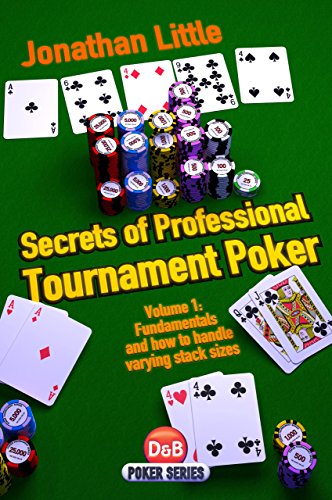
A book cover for Secrets of Professional Tournament Poker (D&B Poker Series) (Volume 1); Jonathan Little; Humor & Entertainment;